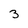
Character: 3